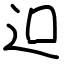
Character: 𨑕